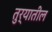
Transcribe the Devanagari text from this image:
तुर्‍यातील